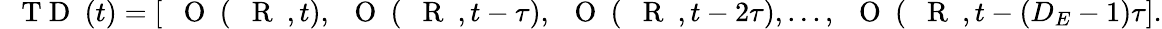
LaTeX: \mathrm{~{~\mathbf~T~D~}~}(t)=[\mathrm{~{~\mathbf~O~}~}(\mathrm{~{~\mathbf~R~}~},t),\mathrm{~{~\mathbf~O~}~}(\mathrm{~{~\mathbf~R~}~},t-\tau),\mathrm{~{~\mathbf~O~}~}(\mathrm{~{~\mathbf~R~}~},t-2\tau),...,\mathrm{~{~\mathbf~O~}~}(\mathrm{~{~\mathbf~R~}~},t-(D_{E}-1)\tau].